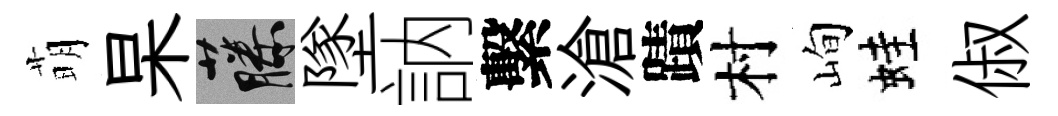
萌杲藤墜訥繫滄蹟村峋蛙俶